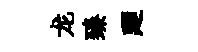
龙臻廼